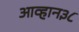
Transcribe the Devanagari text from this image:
आव्हान३८